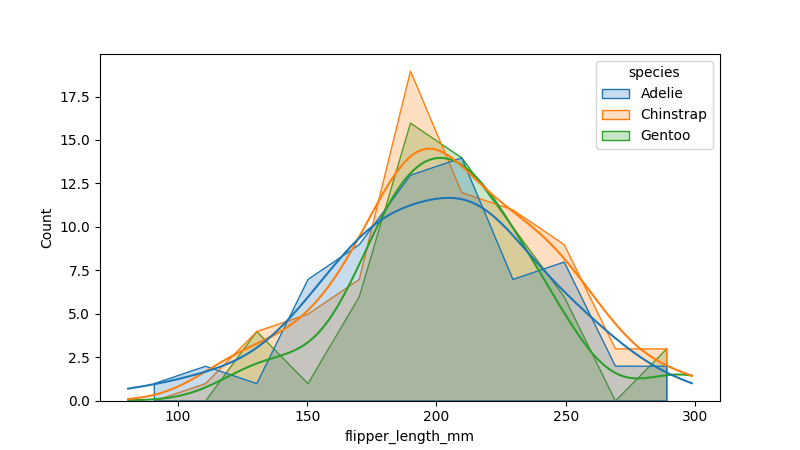
python, seaborn, histplot, hue='species', binwidth=20, bins='10', element='poly'